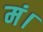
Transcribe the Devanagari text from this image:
मं।